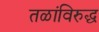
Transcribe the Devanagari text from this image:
तळांविरुद्ध